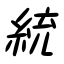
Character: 統